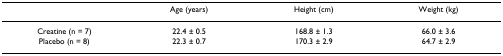
|  | Age (years) | Height (cm) | Weight (kg) |
 | --- | --- | --- | --- |
 | Creatine (n = 7) | 22.4 ± 0.5 | 168.8 ± 1.3 | 66.0 ± 3.6 |
 | Placebo (n = 8) | 22.3 ± 0.7 | 170.3 ± 2.9 | 64.7 ± 2.9 |